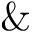
\&